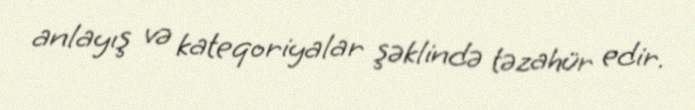
anlayış və kateqoriyalar şəklində təzahür edir.